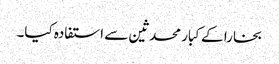
بخارا کے کبار محدثین سے استفادہ کیا۔